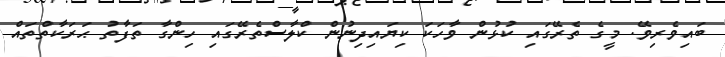
ބައިވެރިވޭ. މީގެ ތެރޭގައި ކުޅުން ވާހަކަ ކިޔައިދިނުން ކްލާސްތެރޭގައި ހިންގާ ތަފާތު ޙަރަކާތްތައް